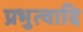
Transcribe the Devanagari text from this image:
प्रभुत्वादि